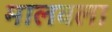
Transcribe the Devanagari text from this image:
मालवला